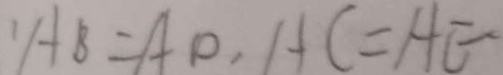
A B = A D , A C = A E